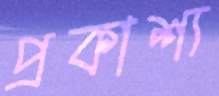
প্রকাশ্য